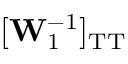
[ \mathbf { W } _ { 1 } ^ { - 1 } ] _ { \mathrm { T T } }